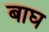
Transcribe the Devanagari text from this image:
बाघ्‍ा